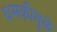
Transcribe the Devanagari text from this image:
धमकीमुळे